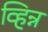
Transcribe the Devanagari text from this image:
व्हिन्न